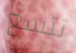
تتسع